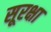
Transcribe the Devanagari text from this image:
सूरक्षा